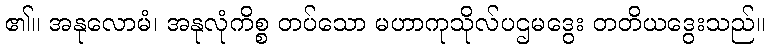
၏။ အနုလောမံ၊ အနုလုံကိစ္စ တပ်သော မဟာကုသိုလ်ပဌမဒွေး တတိယဒွေးသည်။